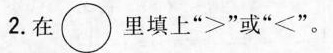
2.在\circ 里填上”＞”或”<”。